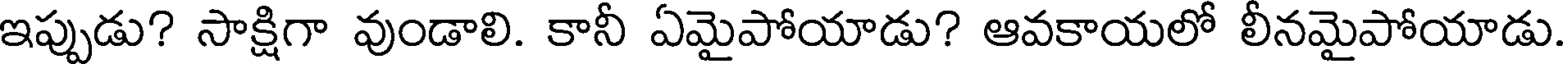
ఇప్పుడు? సాక్షిగా వుండాలి. కానీ ఏమైపోయాడు? ఆవకాయలో లీనమైపోయాడు